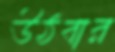
উঠবার